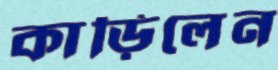
কাড়িলেন